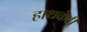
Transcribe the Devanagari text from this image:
हाथकंटी